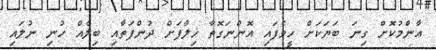
ޢާންމުކޮށް ގިނަ ބަޔަކަށް ހީވެފައި އޮންނަގޮތާ ޚިލާފަށް ދުންފަތާއި ބިލެއް ހުނި ނުލައި